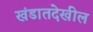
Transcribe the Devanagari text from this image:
खंडातदेखील